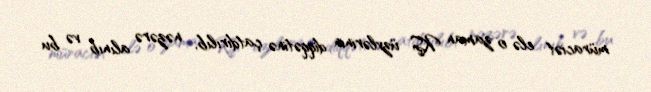
müraciət elə o zaman KŞ üzvlərinin diqqətinə çatdırılıb, nəzərə alınıb və bu